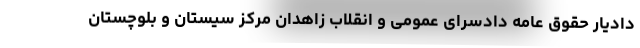
دادیار حقوق عامه دادسرای عمومی و انقلاب زاهدان مرکز سیستان و بلوچستان